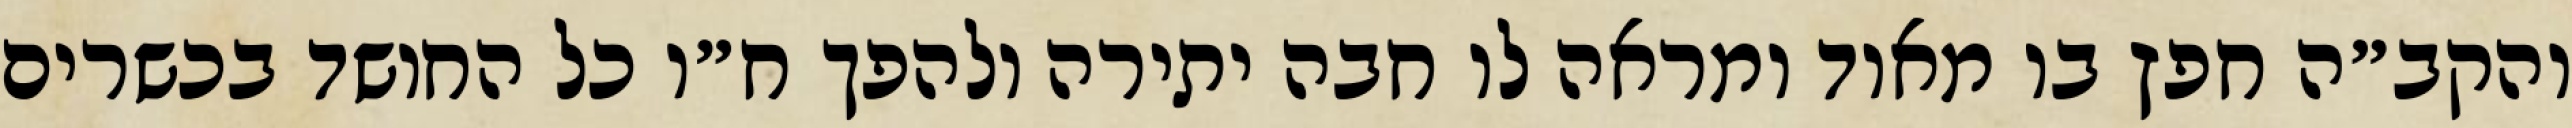
והקב״ה חפץ בו מאוד ומראה לו חבה יתירה ולהפך ח״ו כל החושד בכשרים